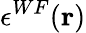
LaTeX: \epsilon^{WF}(\mathbf{r})